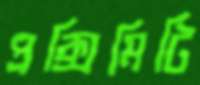
প্রক্সিমিটি